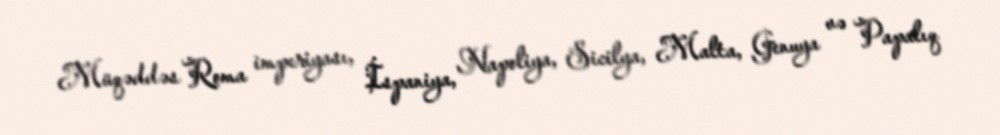
Müqəddəs Roma imperiyası, İspaniya, Napoliya, Sicilya, Malta, Genuya və Papalıq